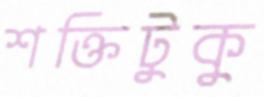
শক্তিটুকু